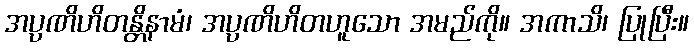
အပ္ပဏိဟိတန္တိနာမံ၊ အပ္ပဏိဟိတဟူသော အမည်ကို။ အကာသိ၊ ပြုပြီး။